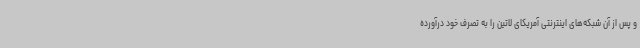
و پس از آن شبکه‌های اینترنتی آمریکای لاتین را به تصرف خود درآورده